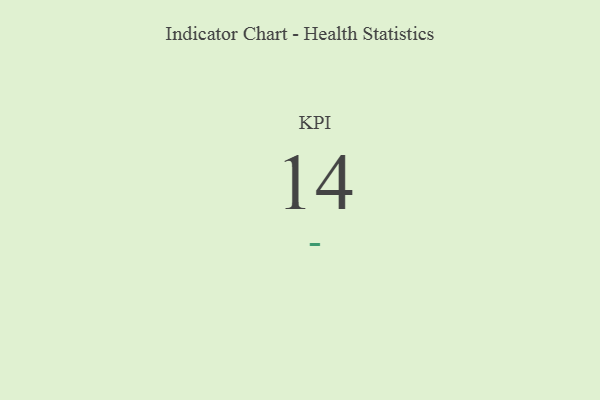
{"axis": {"x": "KPI", "y": "Value"}, "legend": [""], "data": [{"x": "KPI", "y": 14, "type": ""}]}